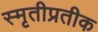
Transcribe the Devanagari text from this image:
स्मृतीप्रतीक